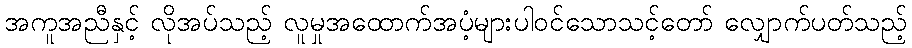
အကူအညီနှင့် လိုအပ်သည့် လူမှုအထောက်အပံ့များပါဝင်သောသင့်တော် လျှောက်ပတ်သည့်